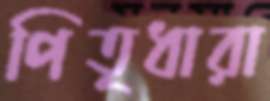
পিতৃধারা